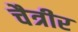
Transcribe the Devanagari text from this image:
चैत्रीर